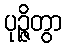
ပုဉ္ဇိတွာ